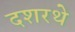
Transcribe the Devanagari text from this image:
दशरथे